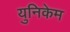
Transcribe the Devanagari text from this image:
युनिकेम